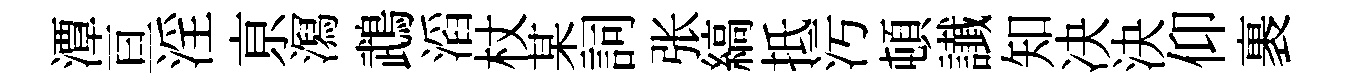
潭亘淫亰㵼鵡滔杖某詞张縞抵污頓䜟知决決仰裹